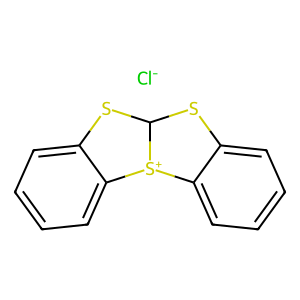
SMILES: [Cl-].c1ccc2c(c1)SC1Sc3ccccc3[S+]21
Inhibits HIV replication: No